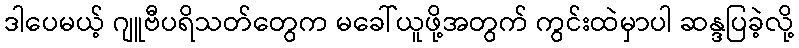
ဒါပေမယ့် ဂျူဗီပရိသတ်တွေက မခေါ်ယူဖို့အတွက် ကွင်းထဲမှာပါ ဆန္ဒပြခဲ့လို့